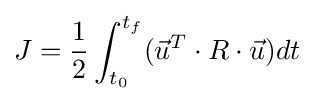
J={\frac {1}{2}}\int _{t_{0}}^{t_{f}}({\vec {u}}^{T}\cdot R\cdot {\vec {u}})dt